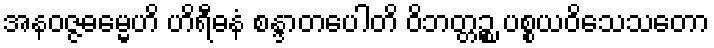
အနဝဇ္ဇဓမ္မေဟိ ဟိရီဓနံ စန္ဒာတပေါတိ ဝိဘတ္တဉ္စ ပစ္စယဝိသေသတော